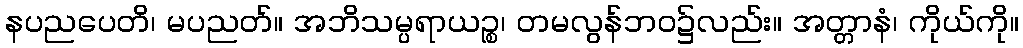
နပညပေတိ၊ မပညတ်။ အဘိသမ္ပရာယဉ္စ၊ တမလွန်ဘဝ၌လည်း။ အတ္တာနံ၊ ကိုယ်ကို။